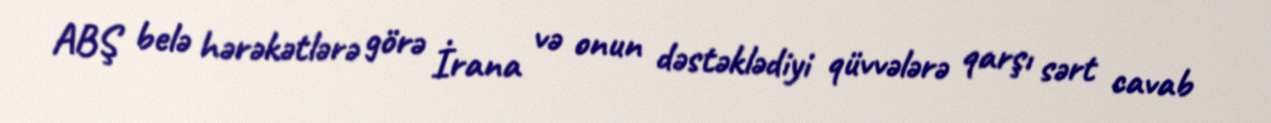
ABŞ belə hərəkətlərə görə İrana və onun dəstəklədiyi qüvvələrə qarşı sərt cavab